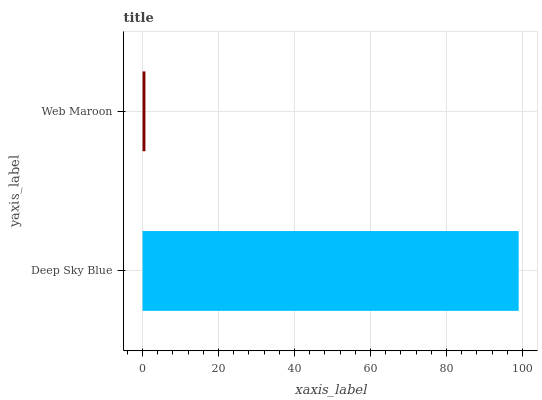
| yaxis_label | bars |
 | --- | --- |
 | Deep Sky Blue | 99 |
 | Web Maroon | 0.757 |